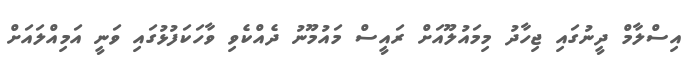
އިސްލާމް ދީނުގައި ޖިހާދު މިމައުލޫއަށް ރައީސް މައުމޫނު ދެއްކެވި ވާހަކަފުޅުގައި ވަނީ އަމިއްލައަށް